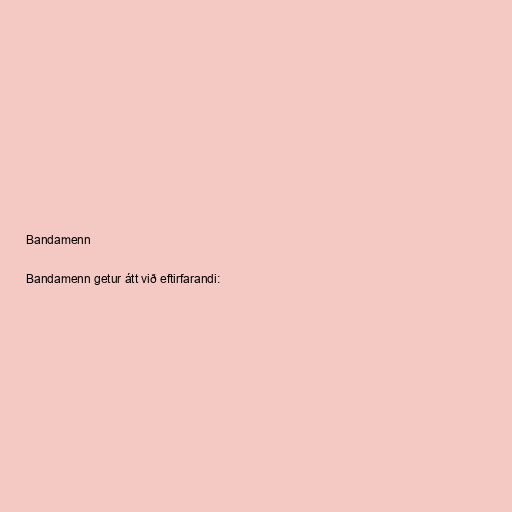
Bandamenn

Bandamenn getur átt við eftirfarandi: